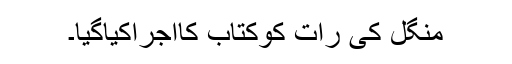
منگل کی رات کوکتاب کااجراکیاگیا۔